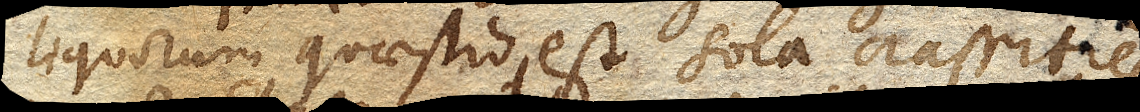
liquorum quaestio est sola crassities,